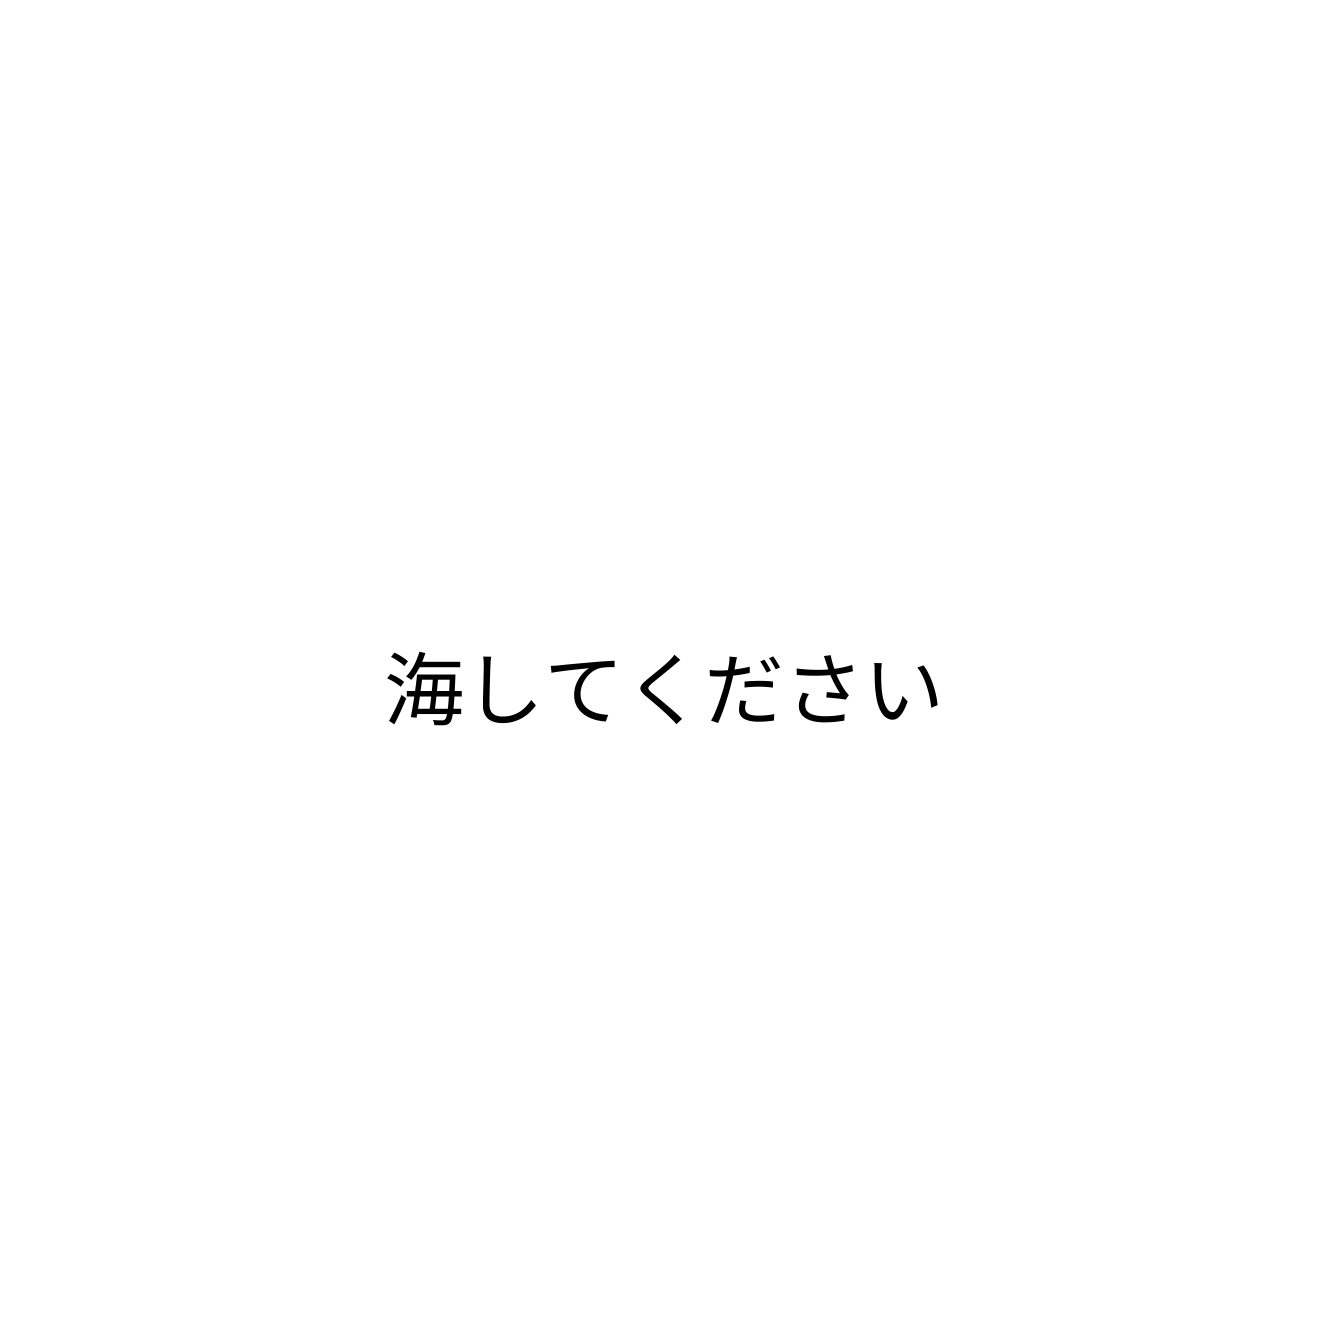
海してください